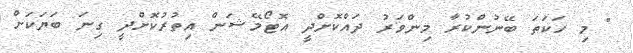
" މި ހަކަތަ ބޭނުންކުރާ މިންވަރު ދައްކޮށްދީ އޮޓޯމޭޝަން އިތުރުކޮށްދީ ގިނަ ބަޔަކަށް